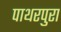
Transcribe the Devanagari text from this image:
पाथरपुरा